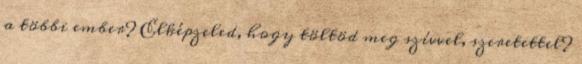
a többi ember? Elképzeled, hogy töltöd meg szívvel, szeretettel?